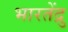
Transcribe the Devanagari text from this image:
भारतेंद्रु